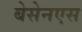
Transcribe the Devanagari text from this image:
बेसेनएस